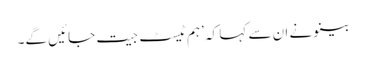
بینو نے ان سے کہا کہ ’ہم ٹیسٹ جیت جائیں گے۔